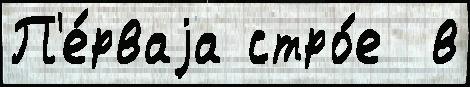
П'е́рваjа стро́е  в